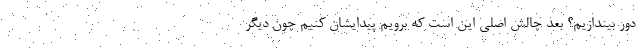
دور بیندازیم؟ بعد چالش اصلی این است که برویم پیدایشان کنیم چون دیگر